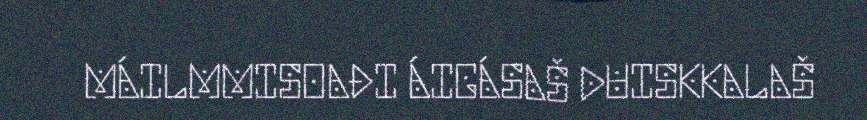
MÁILMMISOAĐI ÁIGÁSAŠ DUISKKALAŠ